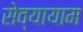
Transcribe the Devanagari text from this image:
सेव्यायाम